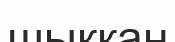
шыққан